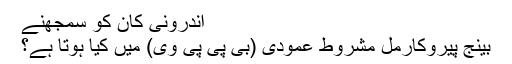
اندرونی کان کو سمجھنے
بینج پیروکارمل مشروط عمودی (بی پی پی وی) میں کیا ہوتا ہے؟